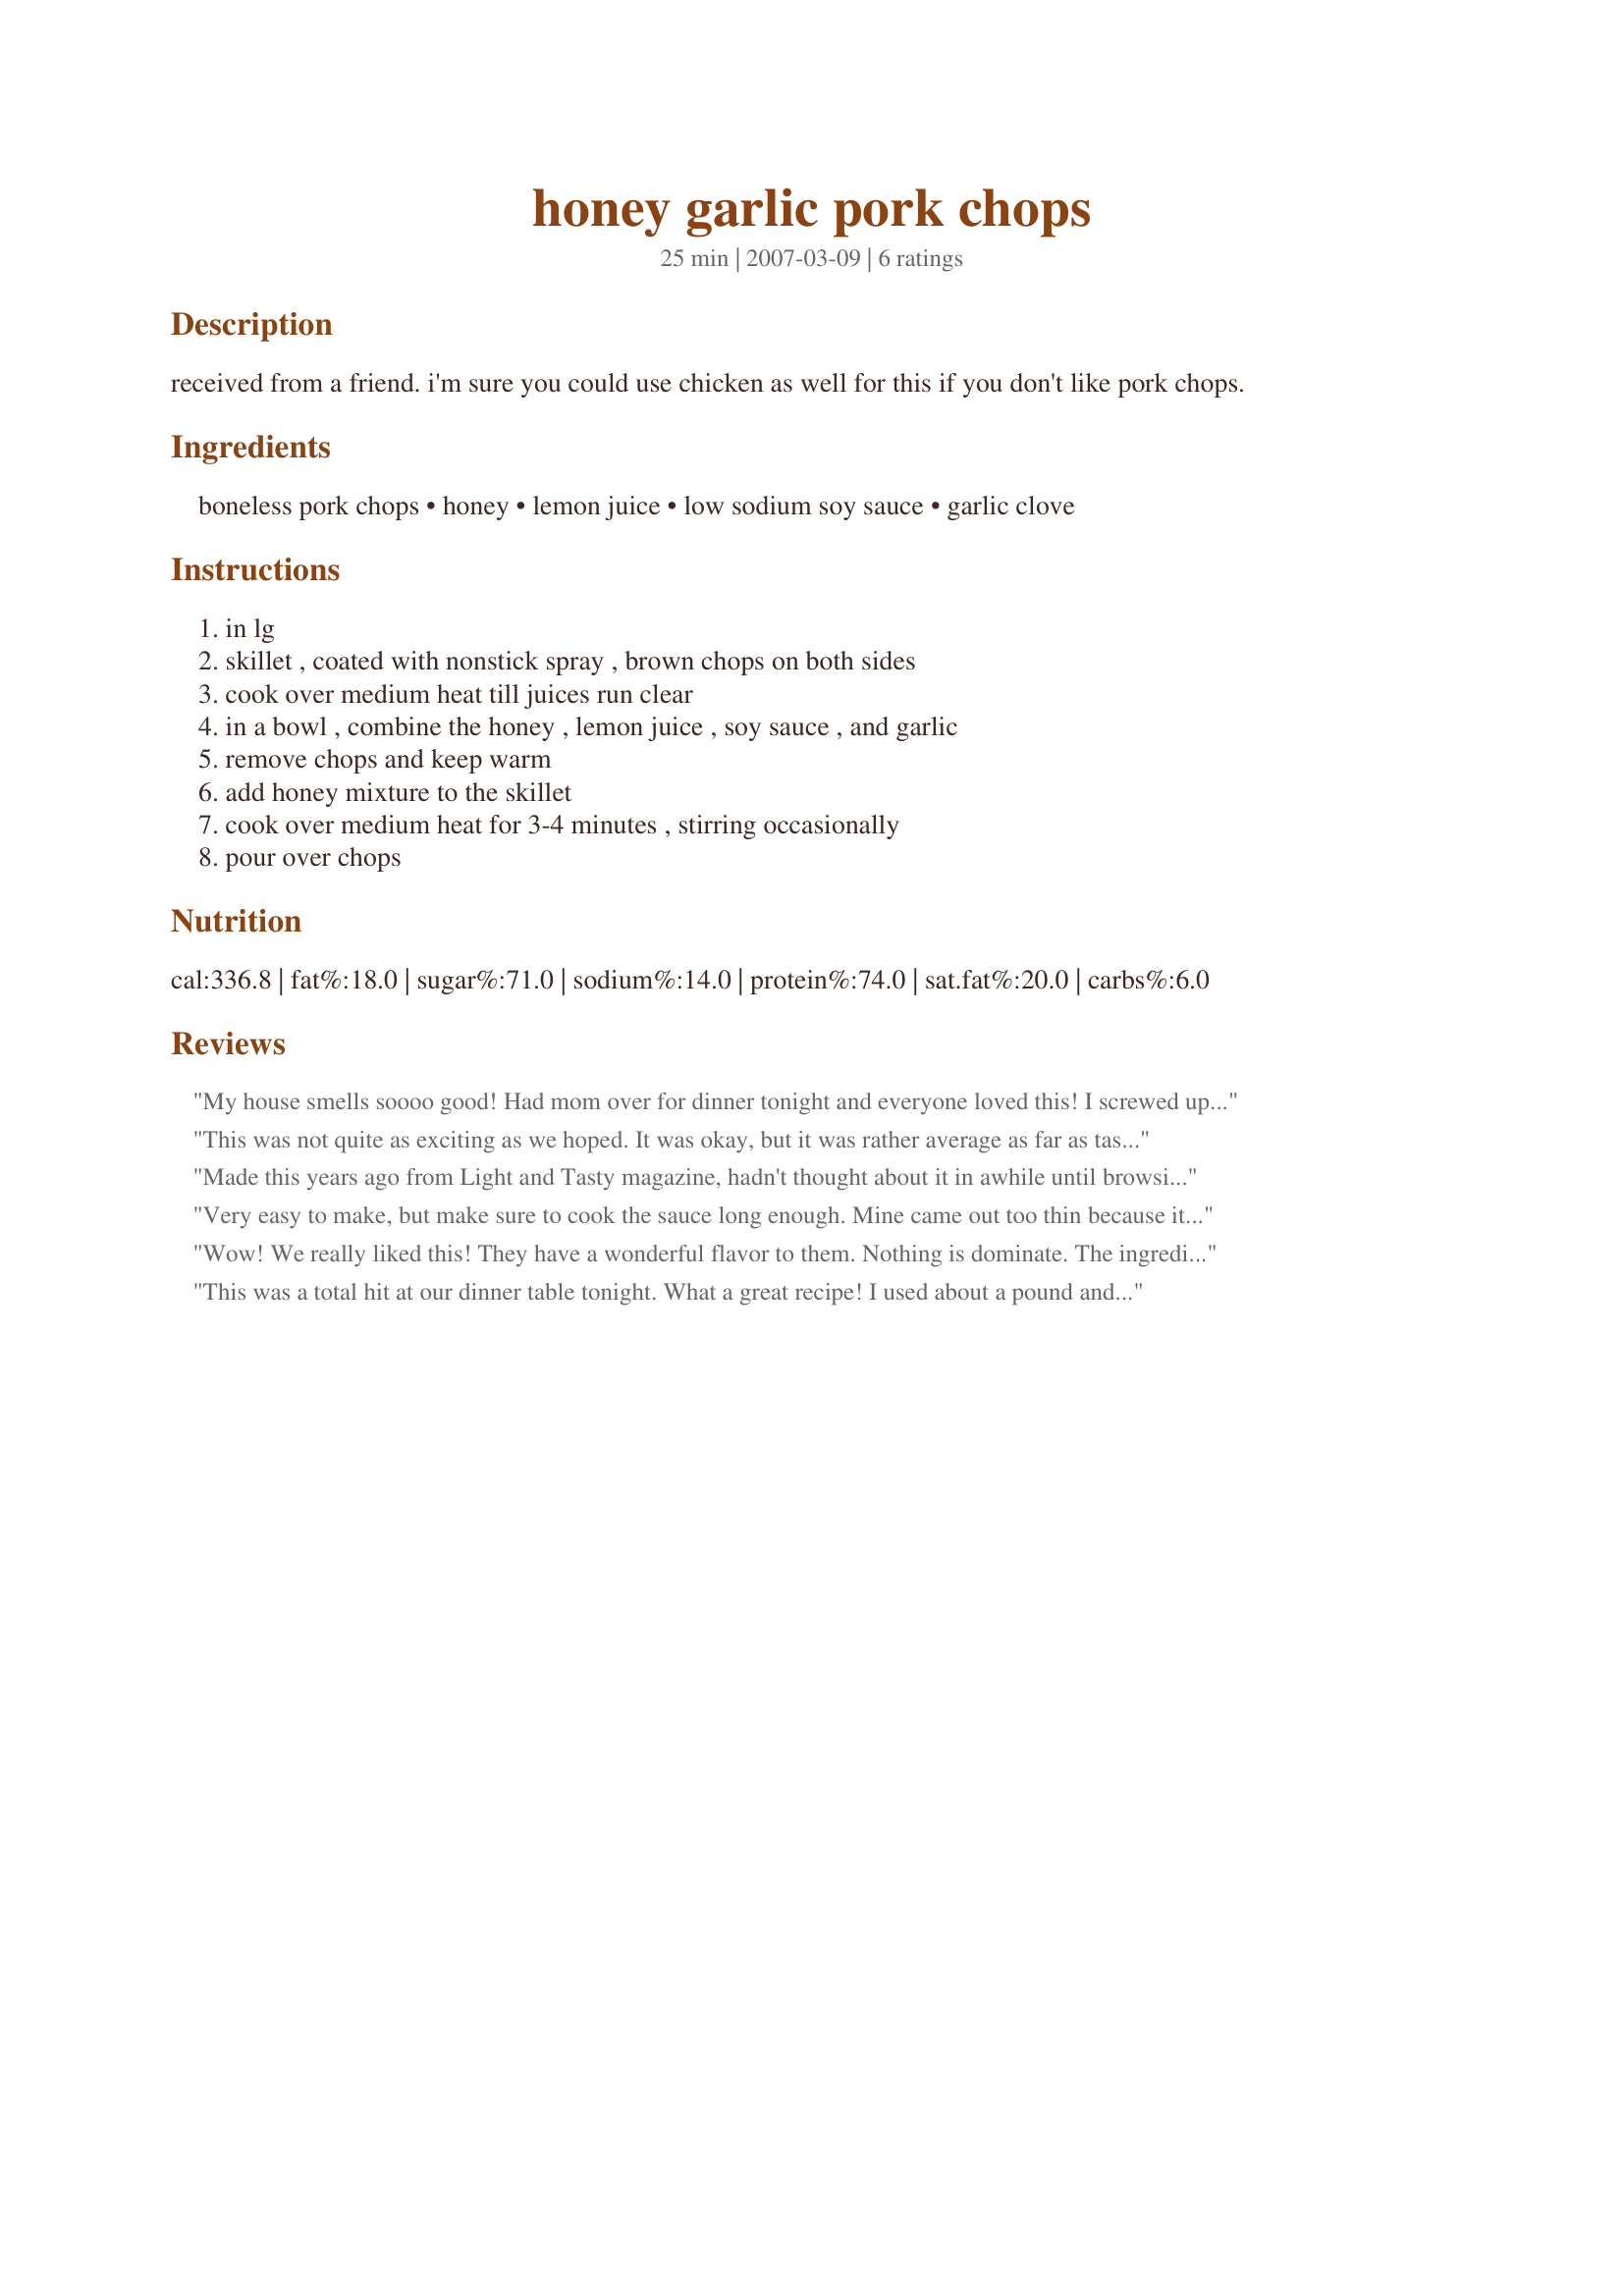
honey garlic pork chops
Preparation time: 25 minutes

received from a friend. i'm sure you could use chicken as well for this if you don't like pork chops.

Ingredients:
boneless pork chops, honey, lemon juice, low sodium soy sauce, garlic clove

Steps:
in lg, skillet , coated with nonstick spray , brown chops on both sides, cook over medium heat till juices run clear, in a bowl , combine the honey , lemon juice , soy sauce , and garlic, remove chops and keep warm, add honey mixture to the skillet, cook over medium heat for 3-4 minutes , stirring occasionally, pour over chops

Reviews:
My house smells soooo good! Had mom over for dinner tonight and everyone loved this! I screwed up a little and added the sauce to the pork chops before they were done cooking so the sauce burnt a little, but it still tasted awesome!
This was not quite as exciting as we hoped. It was okay, but it was rather average as far as taste. The flavors were very mild and didn't come together to create anything exciting. You couldn't really taste the sauce. Recommended for an easy pork chop dish but not for fantastic flavor.
Made this years ago from Light and Tasty magazine, hadn't thought about it in awhile until browsing pork recipes on this site. Glad I found it again! We love the flavor of this dish, and like that it is healthy too! I only used 2 Tablespoons of lemon juice, and the sauce is still very yummy. Thanks for posting!
Very easy to make, but make sure to cook the sauce long enough. Mine came out too thin because it needed to cook longer. The flavor was very well balanced. I'll try it agian sometime.
Wow! We really liked this! They have a wonderful flavor to them. Nothing is dominate. The ingredients blend very well together. I did not remove the chops but just poured the sauce over them. I turned them a couple of times to saute' in the juices. I think this worked just fine. Excellent flavor. Thanks for posting.
This was a total hit at our dinner table tonight. What a great recipe! I used about a pound and a half of thin, boneless pork chops. The simple sauce ingredients combine for a fabulous flavor, and so easy! We will certainly, 100% be having this yummy meal again. Thank you!
